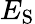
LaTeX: E_{\mathrm{S}}